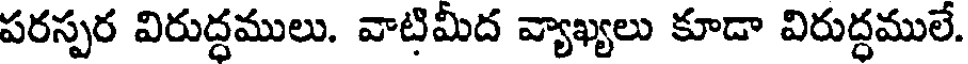
పరస్పర విరుద్దములు. వాటిమీద వ్యాఖ్యలు కూడా విరుద్ధములే.